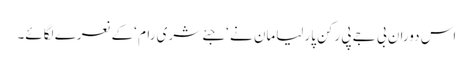
اس دوران بی جے پی رکن پارلیامان نے ‘جئے شری رام ‘کے نعرے لگائے۔